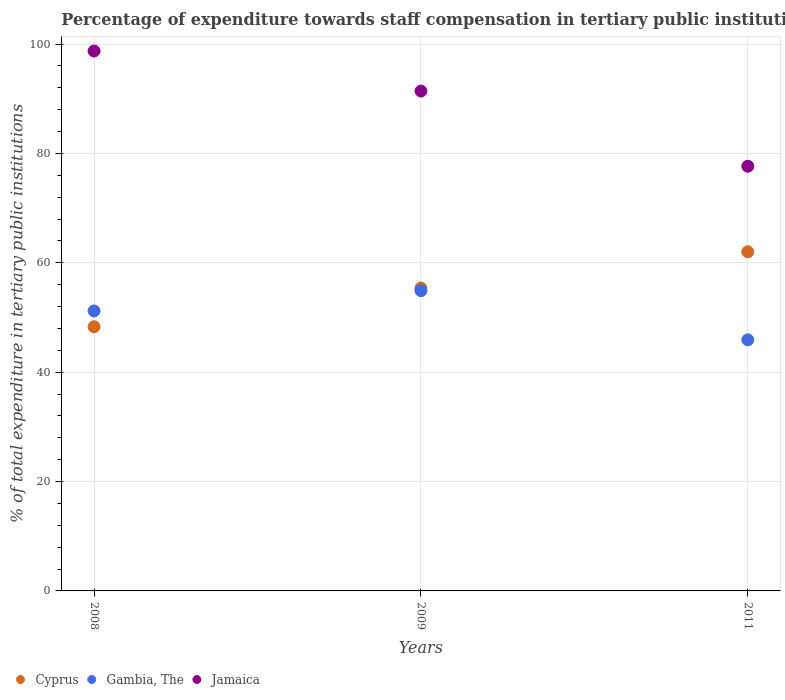
| Years | Cyprus | Gambia, The | Jamaica |
 | --- | --- | --- | --- |
 | 2008 | 48.3 | 51.2 | 98.7 |
 | 2009 | 55.4 | 54.9 | 91.4 |
 | 2011 | 62 | 45.9 | 77.7 |